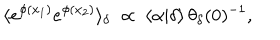
LaTeX: \langle e ^ { \phi ( x _ { 1 } ) } e ^ { \phi ( x _ { 2 } ) } \rangle _ { \delta } ~ \propto ~ \langle \alpha | \delta \rangle \, \theta _ { \delta } ( 0 ) ^ { - 1 } ,